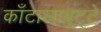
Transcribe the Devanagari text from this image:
काँटालाबुट्टे